Mental hospitals Bombay report 1929-33 - 1929-1933
Year: 1929
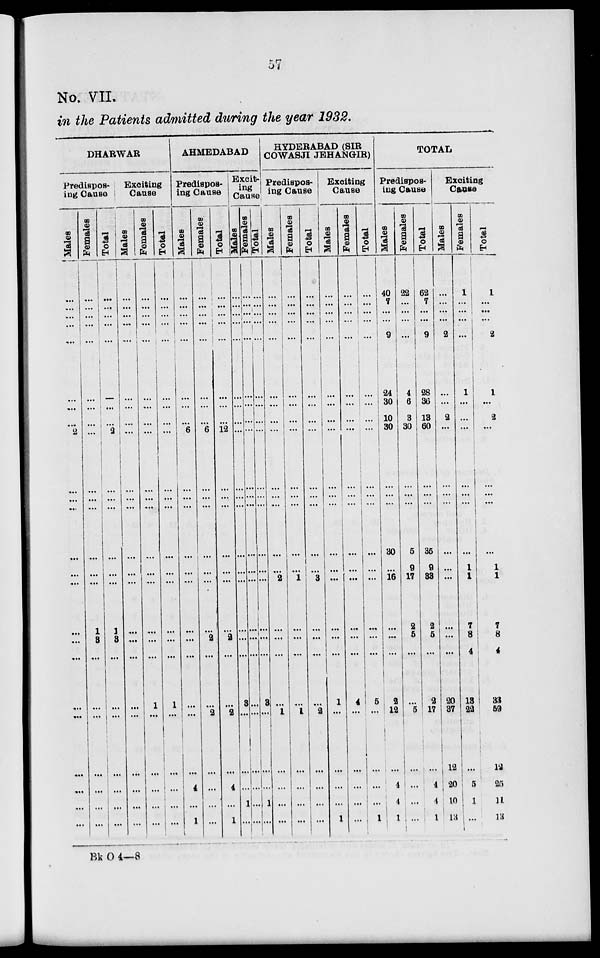
57
No. VII.
in the Patients admitted during the year 1938.
DHARWAR
Predispos-
ing Cause
Males
...
....
...
...
...
...
...
...
...
...
...
...
...
...
...
...
...
...
...
...
...
...
Females
...
...
...
...
...
...
...
...
...
...
...
...
...
1
8
...
...
...
...
...
...
...
Total
...
...
...
...
...
...
...
...
2
...
...
...
...
1
8
...
...
...
...
...
...
...
Exciting
Cause
Males
...
...
...
...
...
...
...
...
...
...
...
...
...
...
...
...
...
...
...
...
...
...
Females
...
...
...
...
...
...
...
...
...
...
...
...
...
...
...
...
1
...
...
...
...
...
Total
...
...
...
...
...
...
...
...
...
...
...
...
...
...
...
...
1
...
...
...
...
...
AHMEDABAD
Predispos-
ing Cause
Males
...
...
...
...
...
...
...
...
6
...
...
...
...
...
...
...
...
...
...
4
...
1
Females
...
...
...
...
...
...
...
...
6
...
...
...
...
...
2
...
...
2
...
...
...
...
Total
...
...
...
...
...
...
...
...
12
...
...
...
...
...
2
...
...
2
...
4
...
1
Excit-
ing
Cause
Males
...
...
...
...
...
...
...
...
...
...
...
...
...
...
...
...
3
...
...
...
1
...
Females
...
...
...
...
...
...
...
...
...
...
...
...
...
...
...
...
...
...
...
...
...
...
Total
...
...
...
...
...
...
...
...
...
...
...
...
...
...
...
...
3
...
...
...
1
...
HYDERABAD (SIR
COWASJI JEHANGIR)
Predispos-
ing Cause
Males
...
...
...
...
...
...
...
...
...
...
...
...
2
...
...
...
1
...
...
...
...
Females
...
...
...
...
...
...
...
...
...
...
...
...
1
...
...
...
...
1
...
...
...
...
Total
...
...
...
...
...
...
...
...
...
...
...
...
3
...
...
...
...
2
...
...
...
...
Exciting
Cause
Males
...
...
...
...
...
...
...
...
...
...
...
...
...
...
...
...
1
...
...
...
...
1
Females
...
...
...
...
...
...
...
...
...
...
...
...
...
...
...
...
4
...
...
...
...
...
Total
...
...
...
...
...
...
...
...
...
...
...
...
...
...
...
...
5
...
...
...
...
1
TOTAL
Predispos-
ing Cause
Males
40
7
...
...
9
24
30
10
30
...
30
...
16
...
...
...
2
12
...
4
4
1
Females
22
...
...
...
...
4
6
3
30
...
5
9
17
2
5
...
...
5
...
...
...
...
Total
62
7
...
...
9
28
36
13
60
...
35
9
83
2
5
...
2
17
...
4
4
1
Exciting
Cause
Males
...
...
...
...
2
...
...
2
...
...
...
...
...
...
...
...
20
37
12
20
10
13
Females
1
...
...
...
...
1
...
...
...
...
...
1
1
7
8
4
13
22
...
5
1
...
Total
1
...
...
...
2
1
...
2
...
...
...
1
1
7
8
4
33
59
12
25
11
13
Bk O 4—8